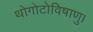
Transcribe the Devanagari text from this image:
थोगोटोविषाणु।